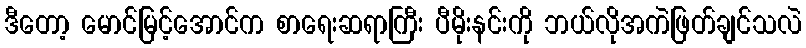
ဒီတော့ မောင်မြင့်အောင်က စာရေးဆရာကြီး ပီမိုးနင်းကို ဘယ်လိုအကဲဖြတ်ချင်သလဲ